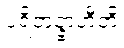
ပရိဘုဉ္ဇာဟီတိ